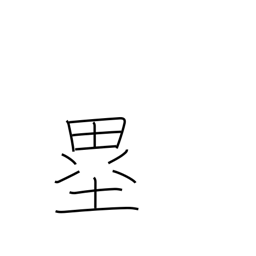
Meaning: bases